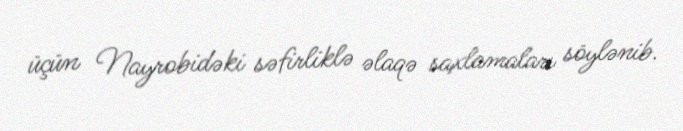
üçün Nayrobidəki səfirliklə əlaqə saxlamaları söylənib.